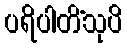
ပရိပါတိံသုပိ